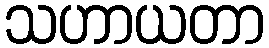
သဟာယတာ